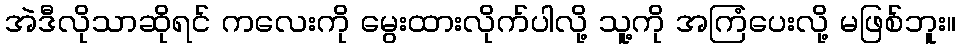
အဲဒီလိုသာဆိုရင် ကလေးကို မွေးထားလိုက်ပါလို့ သူ့ကို အကြံပေးလို့ မဖြစ်ဘူး။